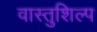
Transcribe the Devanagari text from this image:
वास्‍तुशिल्प